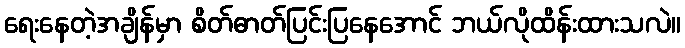
ရေးနေတဲ့အချိန်မှာ စိတ်ဓာတ်ပြင်းပြနေအောင် ဘယ်လိုထိန်းထားသလဲ။